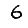
Digit: 6